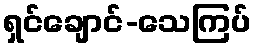
ရှင်ချောင်-သေကြပ်